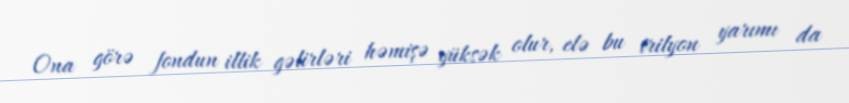
Ona görə fondun illik gəlirləri həmişə yüksək olur, elə bu trilyon yarımı da